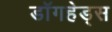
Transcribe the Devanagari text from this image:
डॉगहेड्स